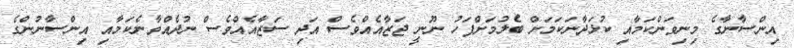
އިންސާނާގެ މިނިވަންކަމާއި ކުޅަދާނަކަމަށް ބެލުމަށްފަހު ނޫނީ ޖަޒާއެއްވެސް އަދި ސަޒާއެއްވެސް ނުދެއްވާނެކަމާއި އިންސާނުންގެ